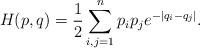
LaTeX: \begin{align*}H(p,q)=\frac{1}{2}\sum_{i,j=1}^np_ip_je^{-|q_i-q_j|}.\end{align*}